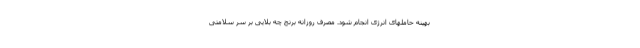
بهینه حاملهای انرژی انجام شود. مصرف روزانه برنج چه بلایی بر سر سلامتی